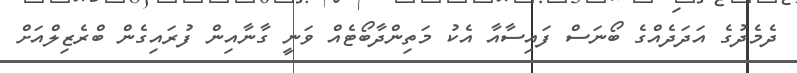
ދެމެދުގެ އަދަދެއްގެ ބޯނަސް ފައިސާއާ އެކު މަތިންދާބޯޓެއް ވަނީ ގާނާއިން ފުރައިގެން ބްރެޒިލްއަށް